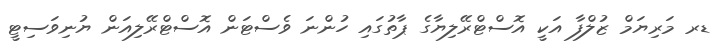
ޑރ މަރިޔަމް ޒުލްފާ އަކީ އޮސްޓްރޭލިޔާގެ ޕާތުގައި ހުންނަ ވެސްޓަން އޮސްޓްރޭލިއަން ޔުނިވަސިޓީ